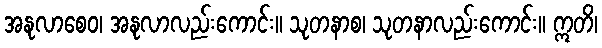
အနုလာစေဝ၊ အနုလာလည်းကောင်း။ သုတနာစ၊ သုတနာလည်းကောင်း။ ဣတိ၊